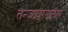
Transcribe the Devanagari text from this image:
तन्‍जावूरनाट्यम